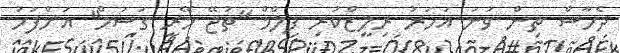
ދެހާސް ތިން ވަނަ އަހަރު ރިލީޒްކުރި ފިލްމް "ތުޖޭ މޭރީ ގަސަމް" އަށްފަހު